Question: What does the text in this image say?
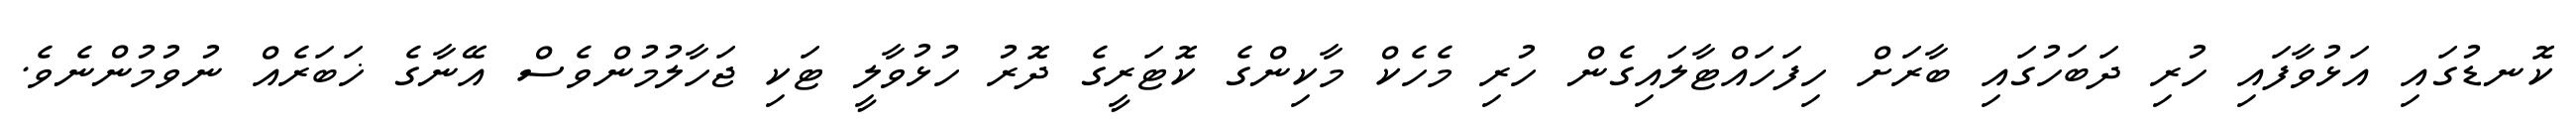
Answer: ކޮނޑުގައި އަޅުވާފައި ހުރި ދަބަހުގައި ބާރަށް ހިފަހައްޓާލައިގެން ހުރި މެހެކް މާކިންގެ ކޮޓަރީގެ ދޮރު ހުޅުވާލީ ޓަކި ޖަހާލުމުންވެސް އޭނާގެ ޚަބަރެއް ނުވުމުންނެވެ.